38_143685_box7_Incident_Summaries_1-100
Agency: Department of War
Page 196
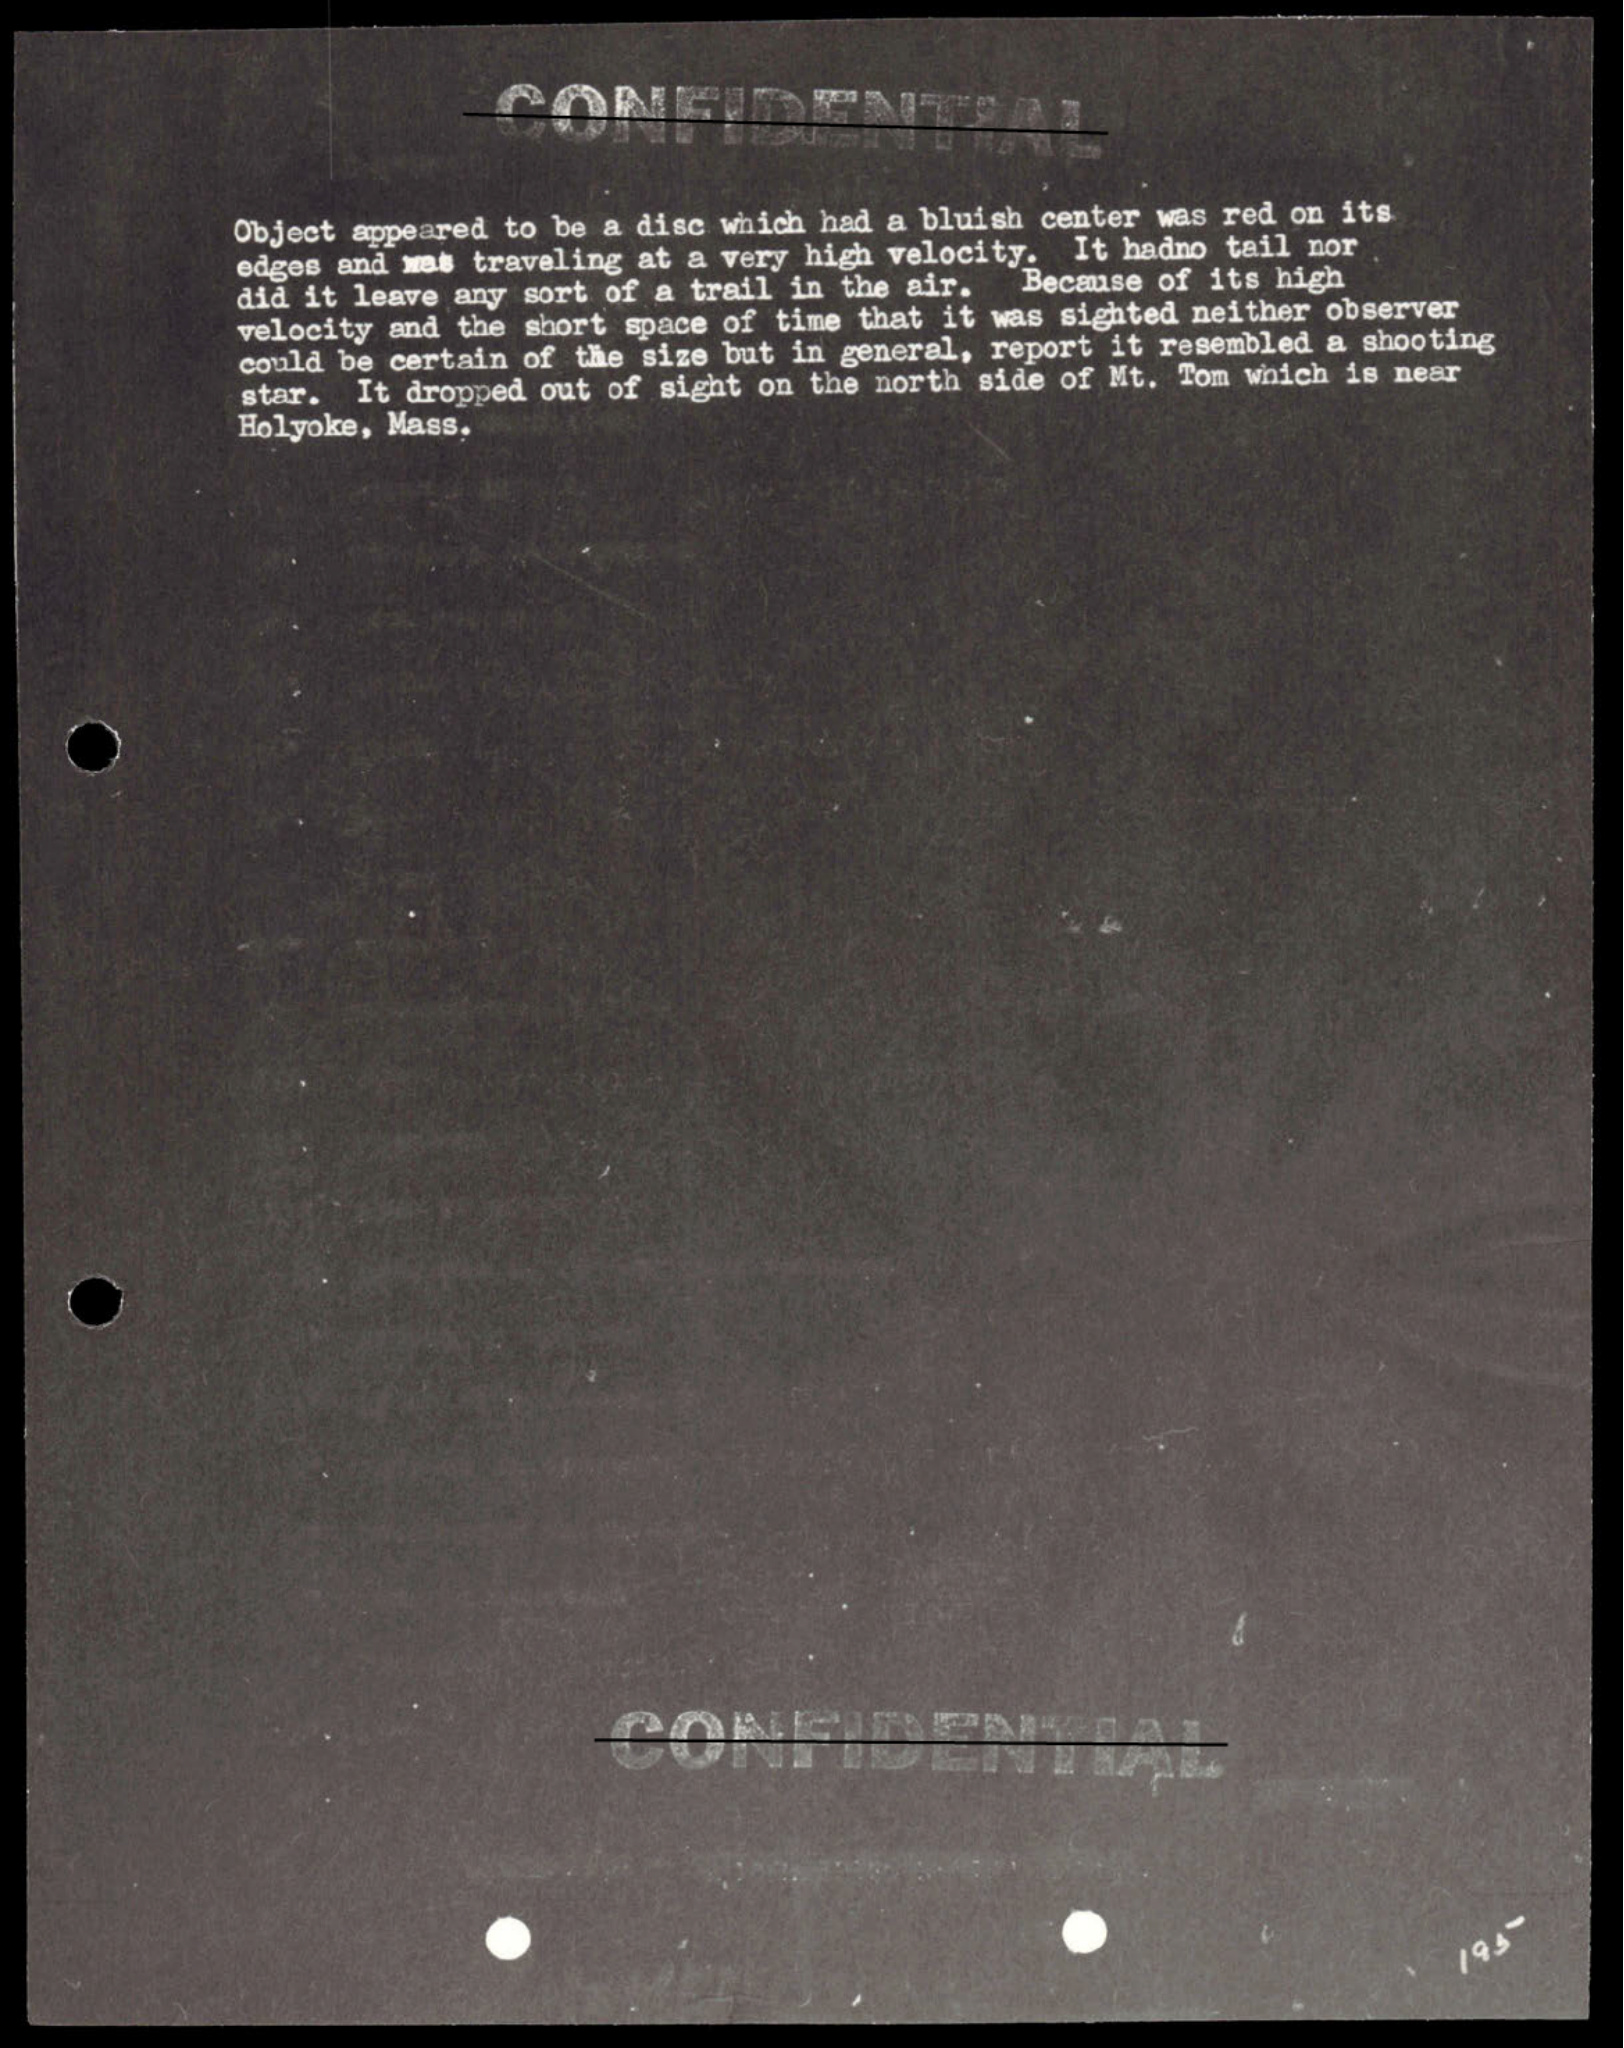